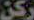
ركن